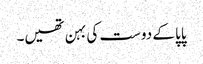
پاپا کے دوست کی بہن تھیں۔